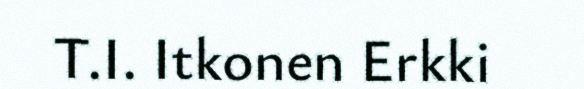
T.I. Itkonen Erkki